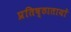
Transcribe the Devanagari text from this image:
प्रतिष्ठातायों